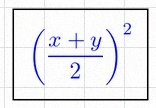
\left(\frac{x+y}{2}\right)^2